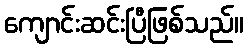
ကျောင်းဆင်းပြီဖြစ်သည်။